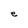
Character: e